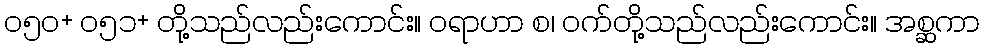
၀၅၀+ ၀၅၁+ တို့သည်လည်းကောင်း။ ဝရာဟာ စ၊ ဝက်တို့သည်လည်းကောင်း။ အစ္ဆကာ